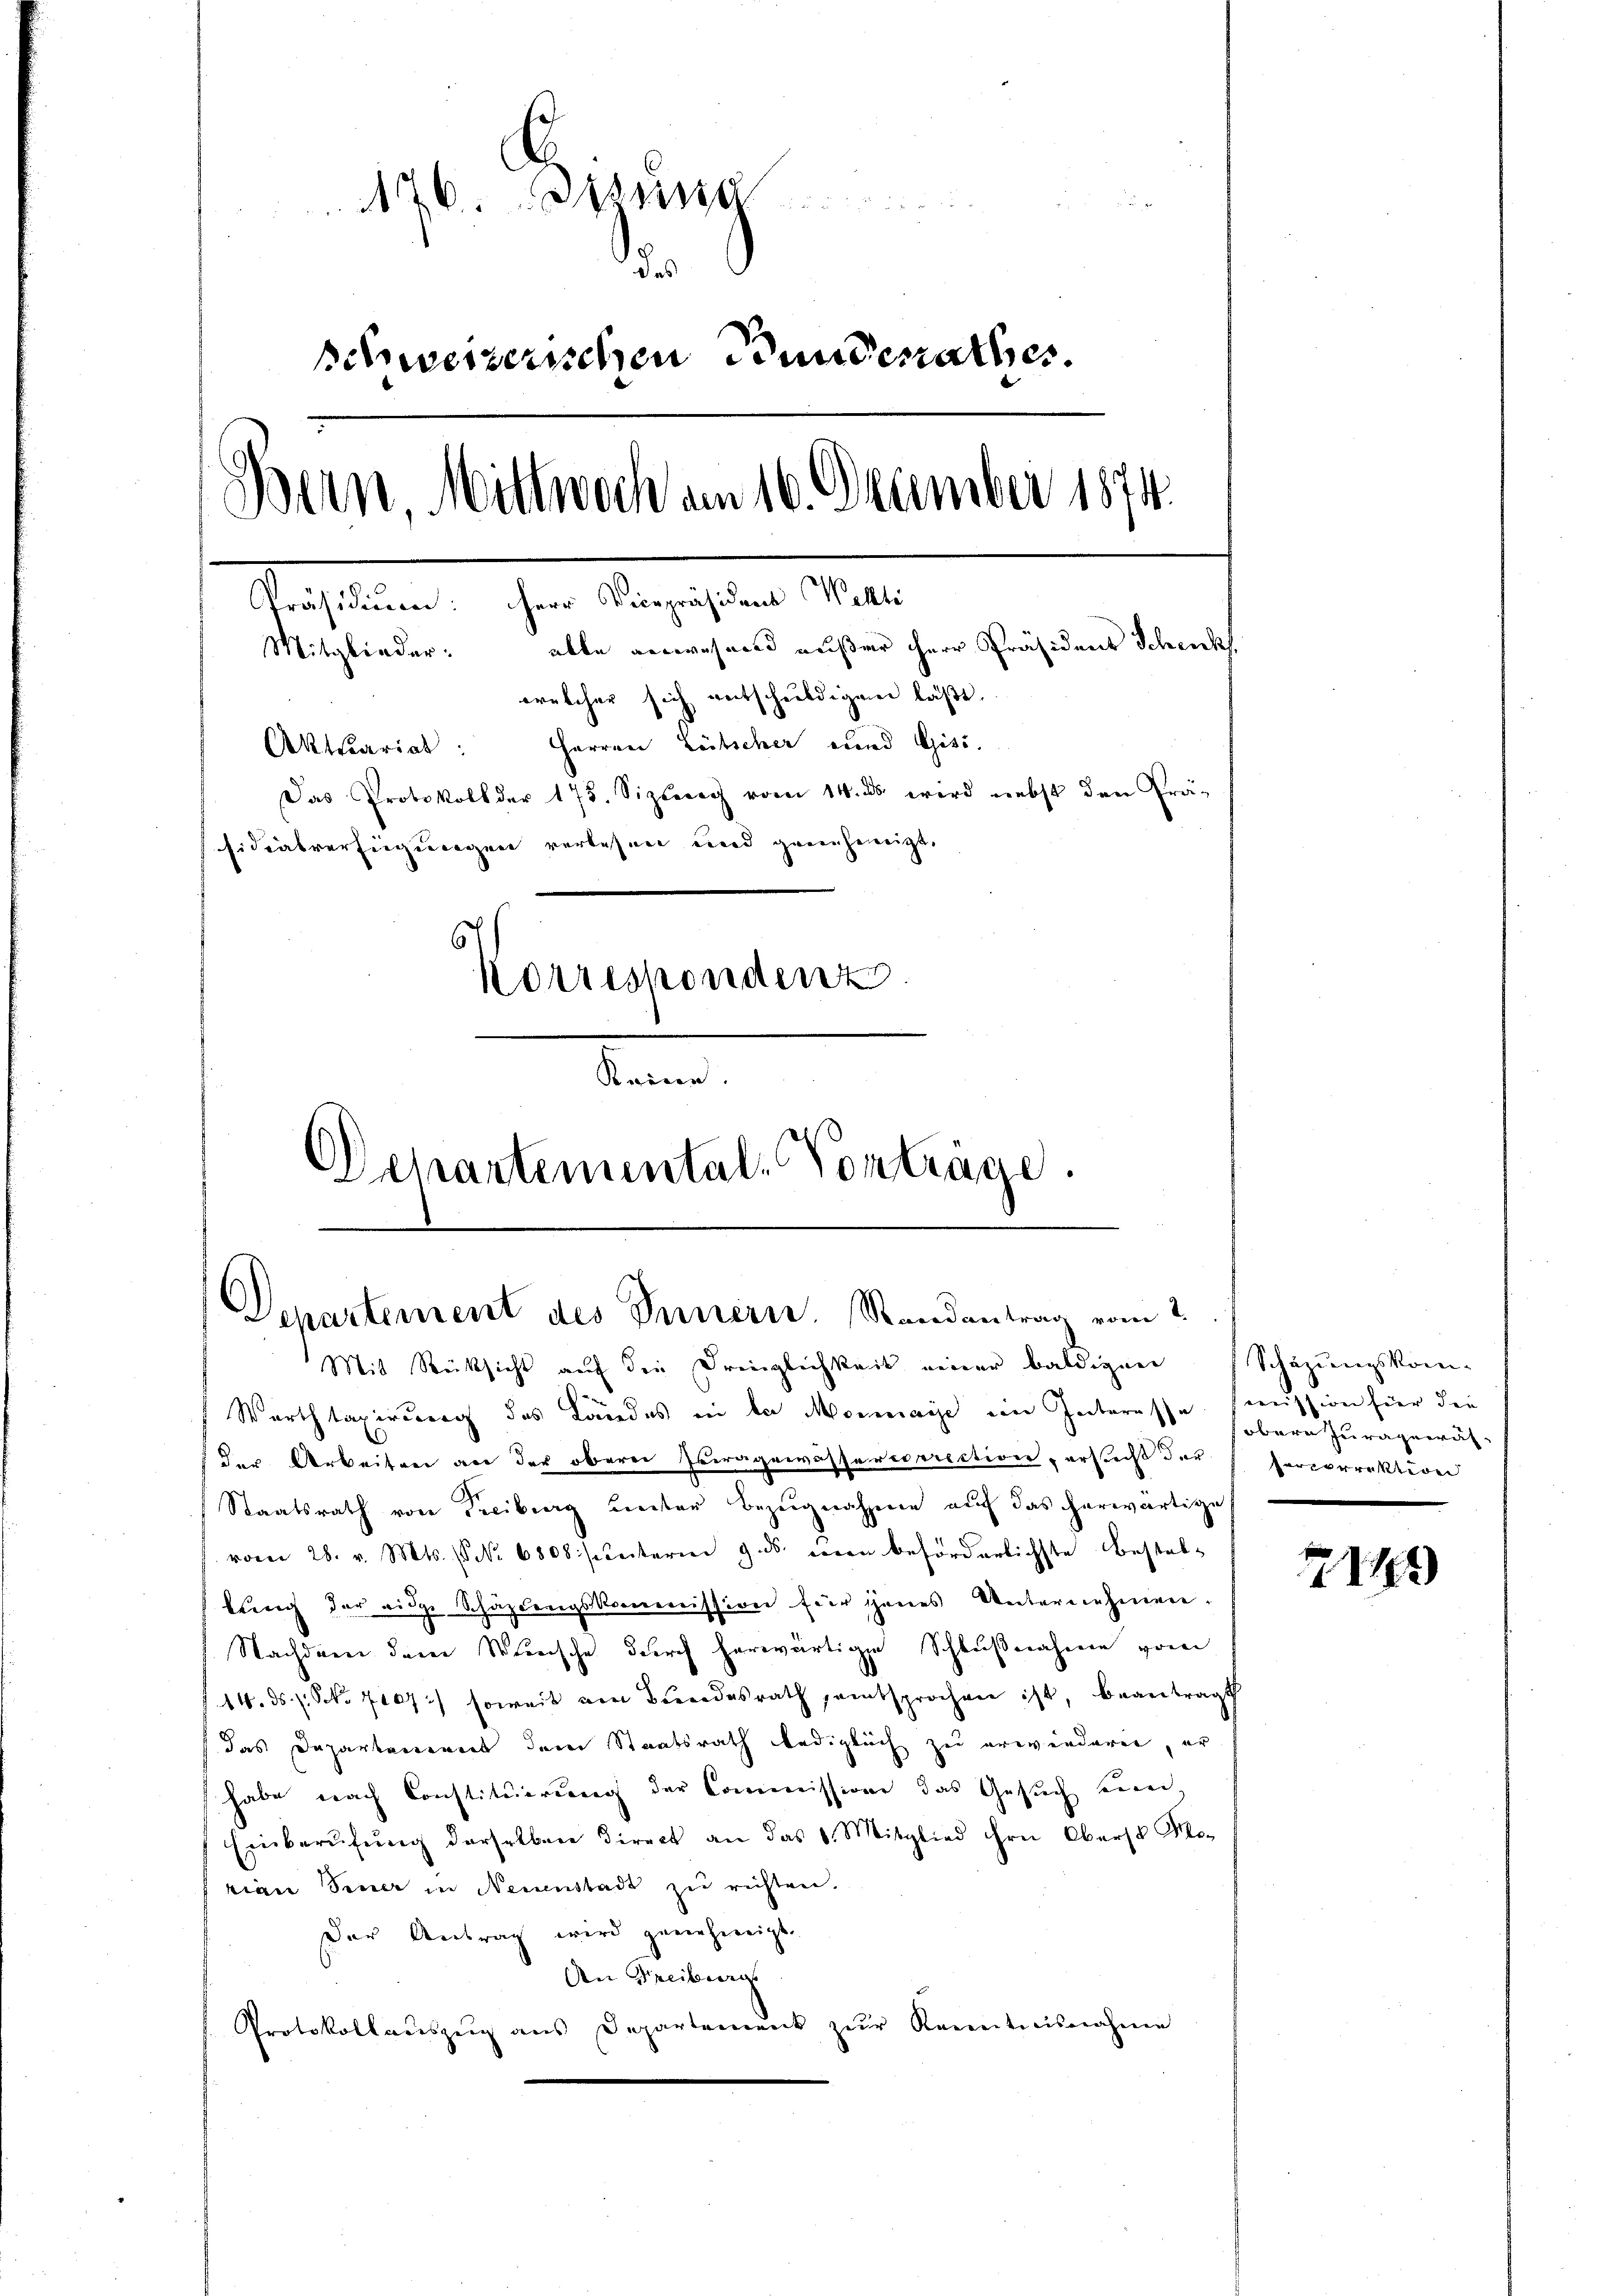
176. eing
i
schweizerischen Bunderathes.
Bein Mittwoch am 16. December 1874.
Weshalten, ihre Angestand M.
Mitglieder: alle anwesend außer Herr Präsidens Schenks
welcher sich entschuldigen läßt.
Aktuariat: Herren Lütscher und Gisi.
Das Protokoll der 175. Sizung vom 14. ds. wird nebst den Prä-
sidialverfügungen verlesen und greicheneigt.
6
Korrespondenz.
Keine.

Departemental-Vorträge.
Departement des Innern. Randantrag vom 2.
Mit Rücksicht auf die Dringlichkeit einer baldigen Schazungskom-

Warthtaxirung des Landes in de Mommage ein Interesse mission für die
der Arbeiten an der oberei Ertragewässererrection, ersicht dar¬
Staatsrath von Freiburg unter Bezugnahme auf das herwärtige
vom 28. v. Mts. No 6808 seiterm 9. ds. einen beförderlichste Bestabbung der eidge Schäzlingskommission für jenes Unternehmen.
Nachdem dem Wunsche durch herwärtige Schlußnahme vom
14. ds. 1. Oct. 7107) soweit am Bundesrath, entsprochen ist, beantragt
das Departanenet dem Staatsrath lediglich zu erwinderen, er
habe nach Constituirung der Commissione das Gesuch seien,
Einberŭfŭng derselben direct an das 6. Mitglied ihre Oberst Sto-
rian Siner in Neuenstadt zu richten.
der Antrag wird genehmigt.
An Freiburg
Protokollaŭszŭg ans Departement zŭr Kenntnisnahme

sobern Juragewähporporrektion

119